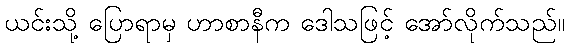
ယင်းသို့ ပြောရာမှ ဟာစာနီက ဒေါသဖြင့် အော်လိုက်သည်။